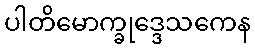
ပါတိမောက္ခုဒ္ဒေသကေန